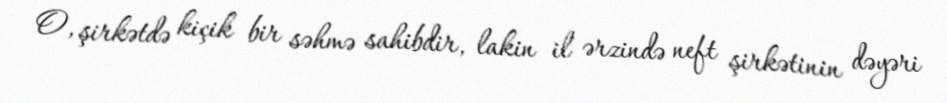
O, şirkətdə kiçik bir səhmə sahibdir, lakin il ərzində neft şirkətinin dəyəri